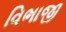
વિભાજી